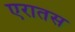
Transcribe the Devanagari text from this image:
एरातस